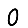
Digit: 0